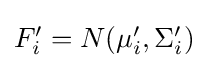
\textstyle F'_{i}=N(\mu '_{i},\Sigma '_{i})